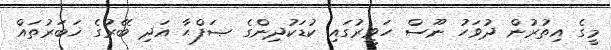
މީގެ އިތުރުން ދުވަހު ނޫސް ހަވީރުގައި ކުޑަކުދިންގެ ޞަފްޙާ އަދި ބޭރުގެ ޚަބަރުތައް